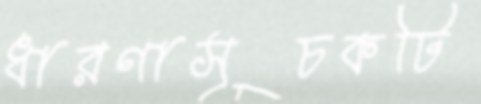
ধারণাসূচকটি